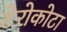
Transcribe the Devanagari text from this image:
टेरोकोटा